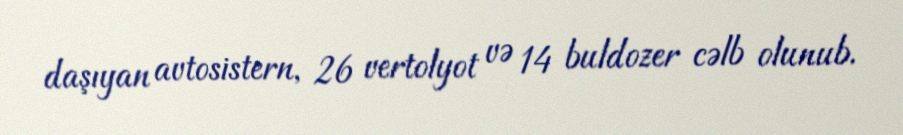
daşıyan avtosistern, 26 vertolyot və 14 buldozer cəlb olunub.